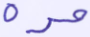
مرة